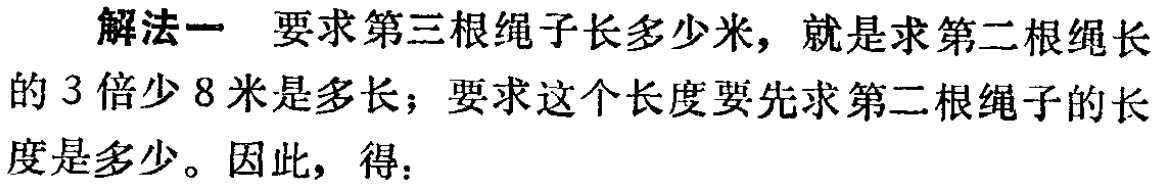
解法一 要求第三根绳子长多少米，就是求第二根绳长的 3 倍少 8 米是多长；要求这个长度要先求第二根绳子的长度是多少。因此，得：